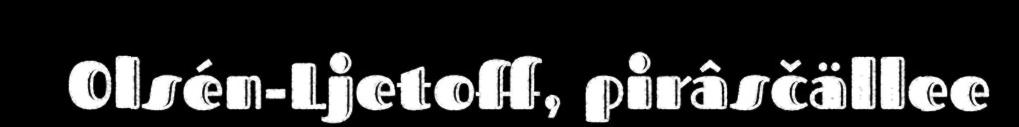
Olsén-Ljetoff, pirâsčällee